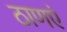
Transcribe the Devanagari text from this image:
ठाणएं